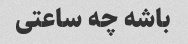
باشه چه ساعتی